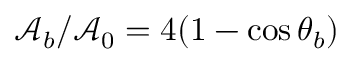
\mathcal { A } _ { b } / \mathcal { A } _ { 0 } = 4 ( 1 - \cos \theta _ { b } )